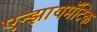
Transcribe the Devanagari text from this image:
एन्झायमॅटिक